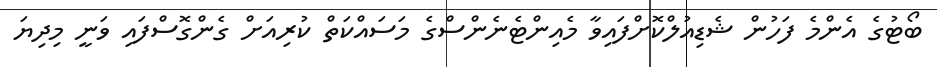
ބޯޓުގެ އެންމެ ފަހުން ޝެޑިއުލްކޮށްފައިވާ މެއިންޓެނެންސްގެ މަސައްކަތް ކުރިއަށް ގެންގޮސްފައި ވަނީ މިދިޔަ